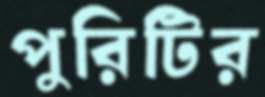
পুরিটির